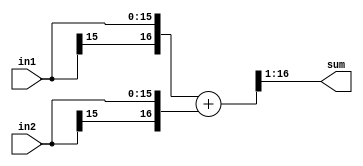
//
// Copyright 2011 Ettus Research LLC
// Copyright 2018 Ettus Research, a National Instruments Company
//
// SPDX-License-Identifier: LGPL-3.0-or-later
//



module add2
  #(parameter WIDTH=16)
    (input [WIDTH-1:0] in1,
     input [WIDTH-1:0] in2,
     output [WIDTH-1:0] sum);

   wire [WIDTH:0] 	sum_int = {in1[WIDTH-1],in1} + {in2[WIDTH-1],in2};
   assign 		sum = sum_int[WIDTH:1];  // Note -- will have some bias
   
endmodule // add2